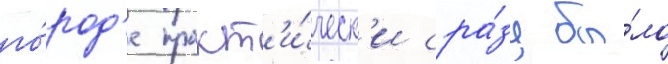
го́род'е практ'и́ческ'и сра́зу бы́ло